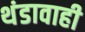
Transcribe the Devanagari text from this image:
थंडावाही